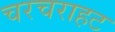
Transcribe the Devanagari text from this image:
चरचराहट